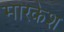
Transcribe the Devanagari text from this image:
मारकेश